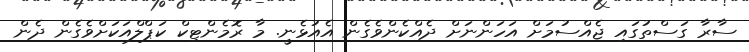
ސާރާ ގަސްތުގައި ޖެއްސުމަށް އަހަންނަށް ދެއްކެންވެގެން އެއުޅެނީ. މާ ރޮމެންޓިކް ކަޕްލްއަކަށްވެގެން ދެން